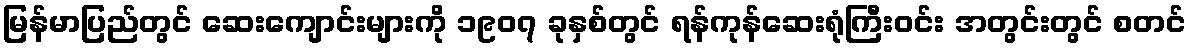
မြန်မာပြည်တွင် ဆေးကျောင်းများကို ၁၉၀၇ ခုနှစ်တွင် ရန်ကုန်ဆေးရုံကြီးဝင်း အတွင်းတွင် စတင်